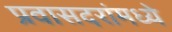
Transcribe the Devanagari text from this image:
प्रवासदरांमध्ये